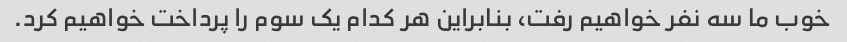
خوب ما سه نفر خواهیم رفت، بنابراین هر کدام یک سوم را پرداخت خواهیم کرد.